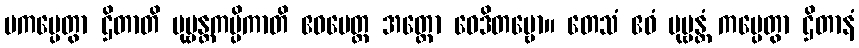
ပကပ္ပေတွာ ဌိတာတိ ပုဗ္ဗန္တကပ္ပိကာတိ ဧဝမေတ္ထ အတ္ထော ဝေဒိတဗ္ဗော။ တေသံ ဧဝံ ပုဗ္ဗန္တံ ကပ္ပေတွာ ဌိတာနံ